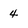
Character: 4